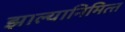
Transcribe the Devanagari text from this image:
झाल्यानिमित्त्त